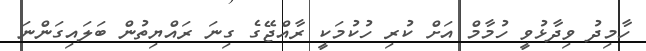
ހާމިދު ވިދާޅުވީ ހުމާމް އަށް ކުރި ހުކުމަކީ ރާއްޖޭގެ ގިނަ ރައްޔިތުން ބަލައިގަންނަ